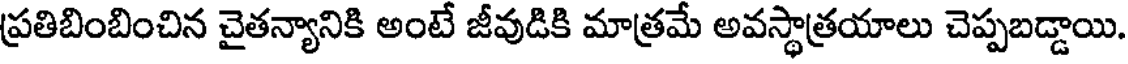
ప్రతిబింబించిన చైతన్యానికి అంటే జీవుడికి మాత్రమే అవస్థాత్రయాలు చెప్పబడ్డాయి.